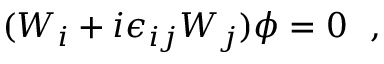
( W _ { i } + i \epsilon _ { i j } W _ { j } ) \phi = 0 ~ ~ ,